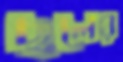
ছলের